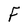
Character: F